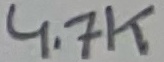
Text: 4.7K